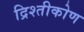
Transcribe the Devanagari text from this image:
द्रिश्तीकोण